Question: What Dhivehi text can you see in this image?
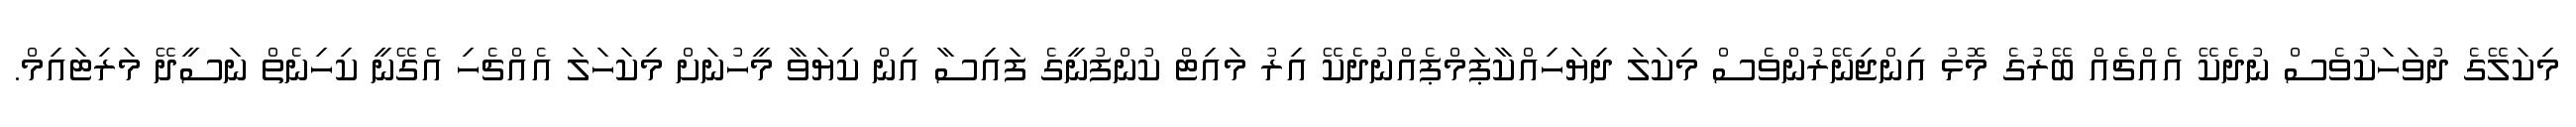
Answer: މިކަލޭގެ ދުވަހަކުވެސް ނުދެކޭ އެއްޗެއް ބޭރުގެ މޮޅު އިންޖިނޭރުންވެސް މިކަލަ ދިޔަހިއްކާޕަމްޕެއްނުދެކޭ އިރު މައިޓް ކުންފުނީގެ ފައިސާ އިން ކިޔަވާ މީހުނަށް މިކަހަލަ އެއްޗެހި އެގޭނީ ކިހިނެތް ނަސީދޭ މަރިޓައިމް.